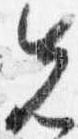
先